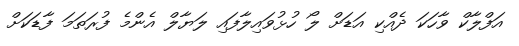
އަފްލާކް ވާހަކަ ދެއްކި އަޑަށް ލޯ ހުޅުވައިލާފައި ލަޔާލް އެންމެ ފުރަތަމަ ފާޑަކަށް